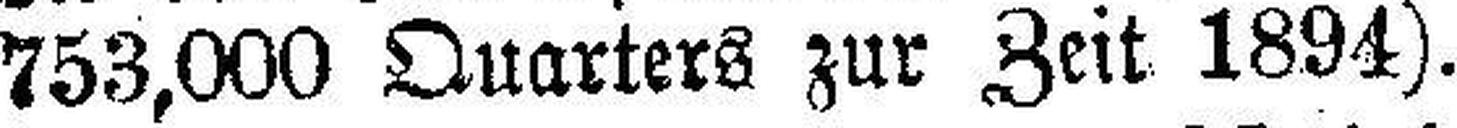
753,000 Quarters zur Zeit 1894).